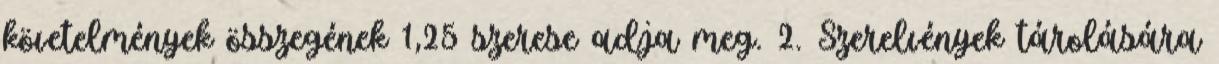
követelmények összegének 1,25 szerese adja meg. 2. Szerelvények tárolására